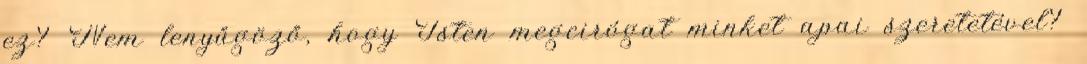
ez? Nem lenyűgöző, hogy Isten megcirógat minket apai szeretetével?